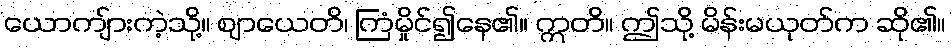
ယောကျ်ားကဲ့သို့။ ဈာယေတိ၊ ကြံမှိုင်၍နေ၏။ ဣတိ။ ဤသို့ မိန်းမယုတ်က ဆို၏။